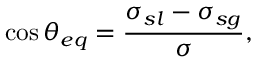
\cos { \theta _ { e q } } = \frac { \sigma _ { s l } - \sigma _ { s g } } { \sigma } ,